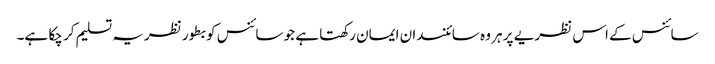
سائنس کے اس نظریے پر ہر وہ سائنسدان ایمان رکھتا ہے جو سائنس کو بطور نظریہ تسلیم کر چکا ہے۔